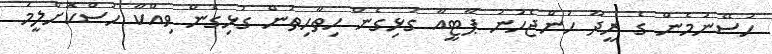
ހުސޭނުމެން ގެ ރީދޫ ހުންޖެހުނު ޕާޓީއާ ގުޅިގެން ހިތާހިތުން ގުޅިގެން ވިއްކާ ހުސްކޮށްލީމަ